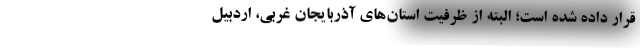
قرار داده شده است؛ البته از ظرفیت استان‌های آذربایجان غربی، اردبیل